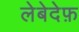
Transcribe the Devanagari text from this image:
लेबेदेफ़